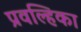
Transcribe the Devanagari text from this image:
प्रवल्हिका